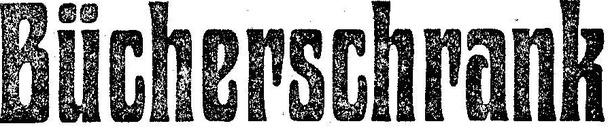
Bücherschrank